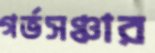
গর্ভসঞ্চার